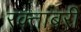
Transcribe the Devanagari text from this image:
रक्तांबरी